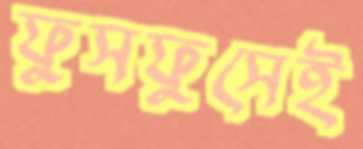
ফুসফুসেই